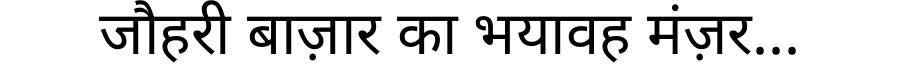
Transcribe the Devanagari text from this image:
जौहरी बाज़ार का भयावह मंज़र...